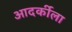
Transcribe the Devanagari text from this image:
आदर्कीला